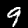
Label: 9